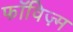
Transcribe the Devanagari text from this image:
फॉविज़्म